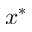
x ^ { \ast }